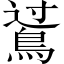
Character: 𪁶